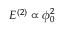
E ^ { ( 2 ) } \propto \phi _ { 0 } ^ { 2 }